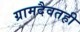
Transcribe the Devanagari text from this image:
ग्रामदैवतही